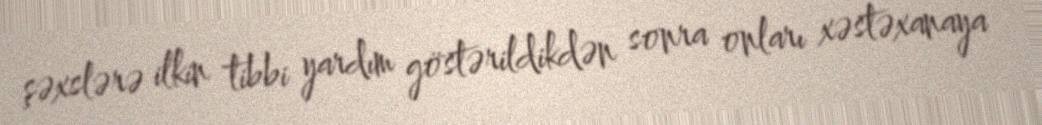
şəxslərə ilkin tibbi yardım göstərildikdən sonra onları xəstəxanaya